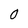
Character: 0